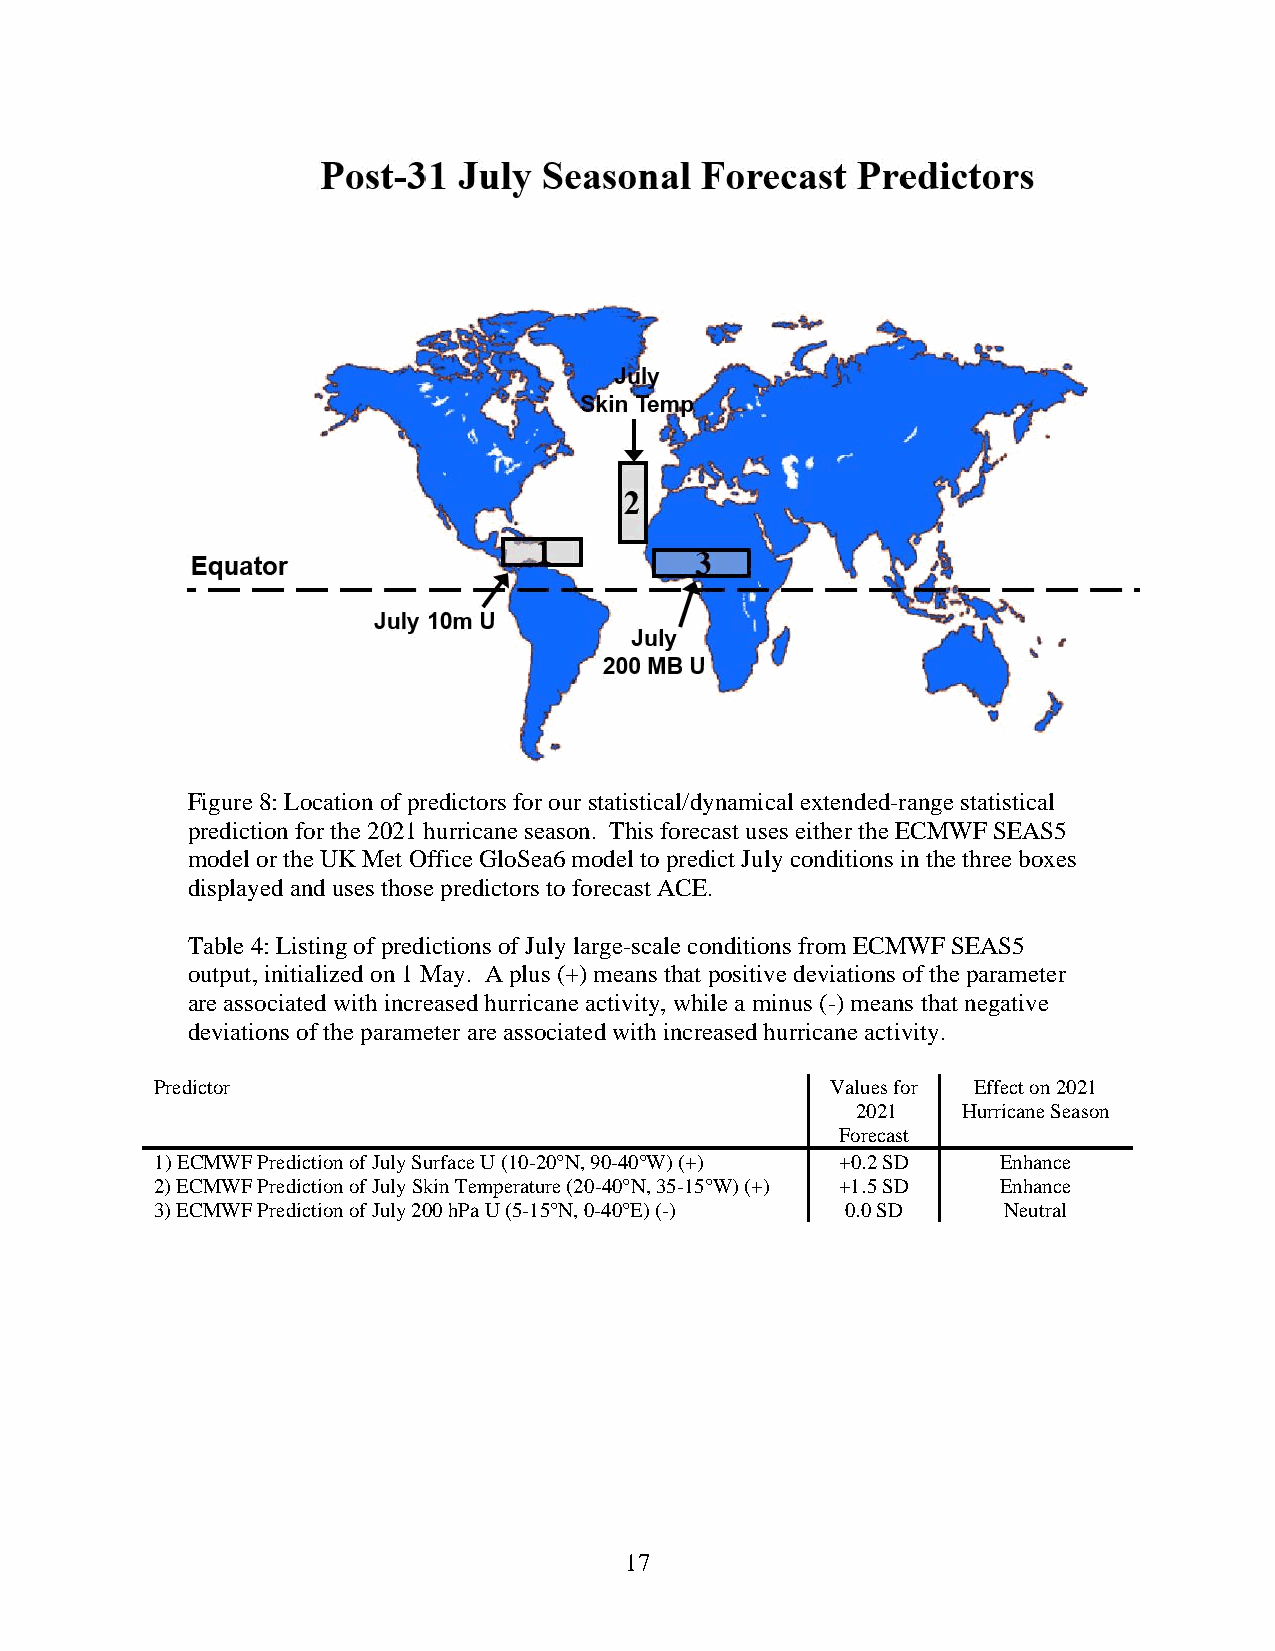
Figure 8: Location of predictors for our statistical/dynamical extended-range statistical
 prediction for the 2021 hurricane season. This forecast uses either the ECMWF SEAS5
 model or the UK Met Office GloSea6 model to predict July conditions in the three boxes
 displayed and uses those predictors to forecast ACE.
 Table 4: Listing of predictions of July large-scale conditions from ECMWF SEAS5
 output, initialized on 1 May. A plus (+) means that positive deviations of the parameter
 are associated with increased hurricane activity, while a minus (-) means that negative
 deviations of the parameter are associated with increased hurricane activity.
 Predictor                                    Values for Effect on 2021
 2021   Hurricane Season
 Forecast
 1) ECMWF Prediction of July Surface U (10-20°N, 90-40°W) (+) +0.2 SD Enhance
 2) ECMWF Prediction of July Skin Temperature (20-40°N, 35-15°W) (+) +1.5 SD Enhance
 3) ECMWF Prediction of July 200 hPa U (5-15°N, 0-40°E) (-) 0.0 SD Neutral
 17